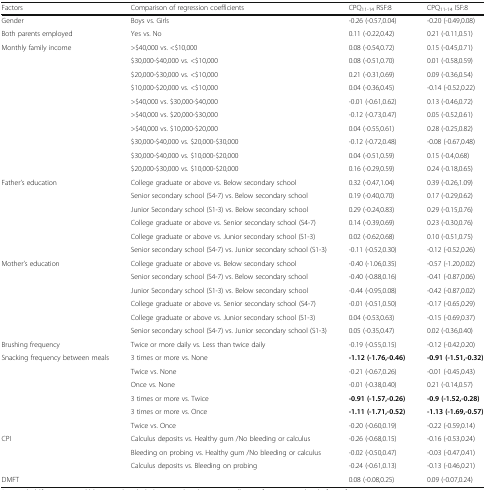
<table><thead><tr><td><b>Factors</b></td><td><b>Comparison of regression coefficients</b></td><td><b>CPQ<sub>11‐14</sub> RSF:8</b></td><td><b>CPQ<sub>11‐14</sub> ISF:8</b></td></tr></thead><tbody><tr><td>Gender</td><td>Boys vs. Girls</td><td>‐0.26 (‐0.57,0.04)</td><td>‐0.20 (‐0.49,0.08)</td></tr><tr><td>Both parents employed</td><td>Yes vs. No</td><td>0.11 (‐0.22,0.42)</td><td>0.21 (‐0.11,0.51)</td></tr><tr><td rowspan="10">Monthly family income</td><td>&gt;$40,000 vs. &lt;$10,000</td><td>0.08 (‐0.54,0.72)</td><td>0.15 (‐0.45,0.71)</td></tr><tr><td>$30,000‐$40,000 vs. &lt;$10,000</td><td>0.08 (‐0.51,0.70)</td><td>0.01 (‐0.58,0.59)</td></tr><tr><td>$20,000‐$30,000 vs. &lt;$10,000</td><td>0.21 (‐0.31,0.69)</td><td>0.09 (‐0.36,0.54)</td></tr><tr><td>$10,000‐$20,000 vs. &lt;$10,000</td><td>0.04 (‐0.36,0.45)</td><td>‐0.14 (‐0.52,0.22)</td></tr><tr><td>&gt;$40,000 vs. $30,000‐$40,000</td><td>‐0.01 (‐0.61,0.62)</td><td>0.13 (‐0.46,0.72)</td></tr><tr><td>&gt;$40,000 vs. $20,000‐$30,000</td><td>‐0.12 (‐0.73,0.47)</td><td>0.05 (‐0.52,0.61)</td></tr><tr><td>&gt;$40,000 vs. $10,000‐$20,000</td><td>0.04 (‐0.55,0.61)</td><td>0.28 (‐0.25,0.82)</td></tr><tr><td>$30,000‐$40,000 vs. $20,000‐$30,000</td><td>‐0.12 (‐0.72,0.48)</td><td>‐0.08 (‐0.67,0.48)</td></tr><tr><td>$30,000‐$40,000 vs. $10,000‐$20,000</td><td>0.04 (‐0.51,0.59)</td><td>0.15 (‐0.4,0.68)</td></tr><tr><td>$20,000‐$30,000 vs. $10,000‐$20,000</td><td>0.16 (‐0.29,0.59)</td><td>0.24 (‐0.18,0.65)</td></tr><tr><td rowspan="6">Father’s education</td><td>College graduate or above vs. Below secondary school</td><td>0.32 (‐0.47,1.04)</td><td>0.39 (‐0.26,1.09)</td></tr><tr><td>Senior secondary school (S4‐7) vs. Below secondary school</td><td>0.19 (‐0.40,0.70)</td><td>0.17 (‐0.29,0.62)</td></tr><tr><td>Junior Secondary school (S1‐3) vs. Below secondary school</td><td>0.29 (‐0.24,0.83)</td><td>0.29 (‐0.15,0.76)</td></tr><tr><td>College graduate or above vs. Senior secondary school (S4‐7)</td><td>0.14 (‐0.39,0.69)</td><td>0.23 (‐0.30,0.76)</td></tr><tr><td>College graduate or above vs. Junior secondary school (S1‐3)</td><td>0.02 (‐0.62,0.68)</td><td>0.10 (‐0.51,0.75)</td></tr><tr><td>Senior secondary school (S4‐7) vs. Junior secondary school (S1‐3)</td><td>‐0.11 (‐0.52,0.30)</td><td>‐0.12 (‐0.52,0.26)</td></tr><tr><td rowspan="6">Mother’s education</td><td>College graduate or above vs. Below secondary school</td><td>‐0.40 (‐1.06,0.35)</td><td>‐0.57 (‐1.20,0.02)</td></tr><tr><td>Senior secondary school (S4‐7) vs. Below secondary school</td><td>‐0.40 (‐0.88,0.16)</td><td>‐0.41 (‐0.87,0.06)</td></tr><tr><td>Junior Secondary school (S1‐3) vs. Below secondary school</td><td>‐0.44 (‐0.95,0.08)</td><td>‐0.42 (‐0.87,0.02)</td></tr><tr><td>College graduate or above vs. Senior secondary school (S4‐7)</td><td>‐0.01 (‐0.51,0.50)</td><td>‐0.17 (‐0.65,0.29)</td></tr><tr><td>College graduate or above vs. Junior secondary school (S1‐3)</td><td>0.04 (‐0.53,0.63)</td><td>‐0.15 (‐0.69,0.37)</td></tr><tr><td>Senior secondary school (S4‐7) vs. Junior secondary school (S1‐3)</td><td>0.05 (‐0.35,0.47)</td><td>0.02 (‐0.36,0.40)</td></tr><tr><td>Brushing frequency</td><td>Twice or more daily vs. Less than twice daily</td><td>‐0.19 (‐0.55,0.15)</td><td>‐0.12 (‐0.42,0.20)</td></tr><tr><td rowspan="6">Snacking frequency between meals</td><td>3 times or more vs. None</td><td><b>‐1.12 (‐1.76,‐0.46)</b></td><td><b>‐0.91 (‐1.51,‐0.32)</b></td></tr><tr><td>Twice vs. None</td><td>‐0.21 (‐0.67,0.26)</td><td>‐0.01 (‐0.45,0.43)</td></tr><tr><td>Once vs. None</td><td>‐0.01 (‐0.38,0.40)</td><td>0.21 (‐0.14,0.57)</td></tr><tr><td>3 times or more vs. Twice</td><td><b>‐0.91 (‐1.57,‐0.26)</b></td><td><b>‐0.9 (‐1.52,‐0.28)</b></td></tr><tr><td>3 times or more vs. Once</td><td><b>‐1.11 (‐1.71,‐0.52)</b></td><td><b>‐1.13 (‐1.69,‐0.57)</b></td></tr><tr><td>Twice vs. Once</td><td>‐0.20 (‐0.60,0.19)</td><td>‐0.22 (‐0.59,0.14)</td></tr><tr><td rowspan="3">CPI</td><td>Calculus deposits vs. Healthy gum /No bleeding or calculus</td><td>‐0.26 (‐0.68,0.15)</td><td>‐0.16 (‐0.53,0.24)</td></tr><tr><td>Bleeding on probing vs. Healthy gum /No bleeding or calculus</td><td>‐0.02 (‐0.50,0.47)</td><td>‐0.03 (‐0.47,0.41)</td></tr><tr><td>Calculus deposits vs. Bleeding on probing</td><td>‐0.24 (‐0.61,0.13)</td><td>‐0.13 (‐0.46,0.21)</td></tr><tr><td>DMFT</td><td>[EMPTY_CELL]</td><td>0.08 (‐0.08,0.25)</td><td>0.09 (‐0.07,0.24)</td></tr></tbody></table>